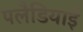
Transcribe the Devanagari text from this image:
पलैडियाई